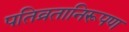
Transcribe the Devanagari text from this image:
पतिव्रतानिरूपण